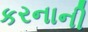
કરનાની